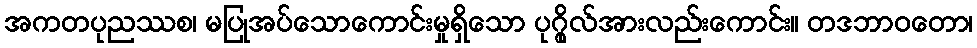
အကတပုညဿစ၊ မပြုအပ်သောကောင်းမှုရှိသော ပုဂ္ဂိုလ်အားလည်းကောင်း။ တဒဘာဝတော၊